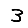
Digit: 3